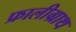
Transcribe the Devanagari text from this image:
फ्रालीग्राथ